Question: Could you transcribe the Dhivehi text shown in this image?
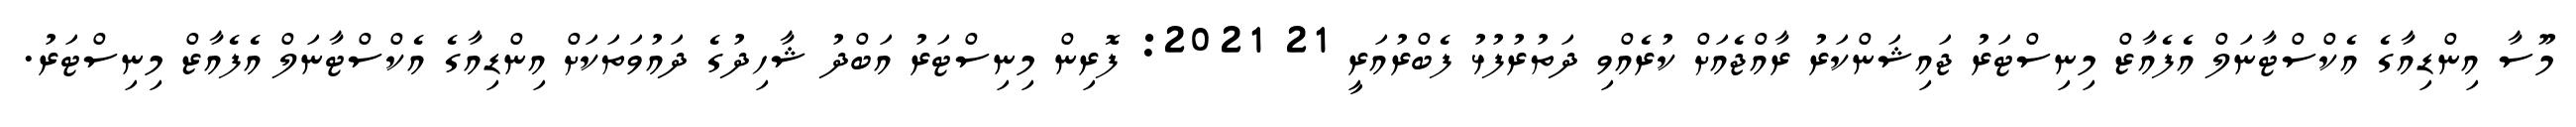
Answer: މޫސާ އިންޑިއާގެ އެކްސްޓާނަލް އެފެއާޒް މިނިސްޓަރު ޖައިޝަންކަރު ރާއްޖެއަށް ކުރެއްވި ދަތުރުފުޅު ފެބްރުއަރީ 21 2021: ފޮރިން މިނިސްޓަރު އަބްދު ޝާހިދުގެ ދައުވަތަކަށް އިންޑިއާގެ އެކްސްޓާނަލް އެފެއާޒް މިނިސްޓަރު.